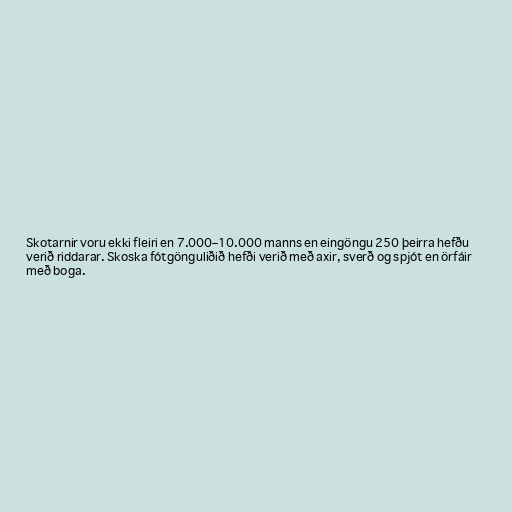
Skotarnir voru ekki fleiri en 7.000–10.000 manns en eingöngu 250 þeirra hefðu
verið riddarar. Skoska fótgönguliðið hefði verið með axir, sverð og spjót en örfáir
með boga.